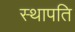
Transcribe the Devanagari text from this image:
स्‍थापति